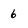
Character: 6